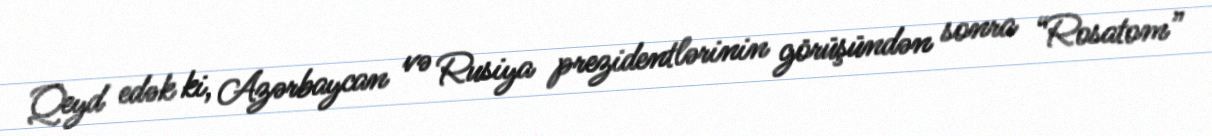
Qeyd edək ki, Azərbaycan və Rusiya prezidentlərinin görüşündən sonra “Rosatom”